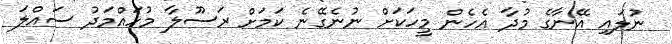
ނުލައި އޭނާގެ މުދާ އެހެން މީހަކަށް ނުނެގޭނެ ކަމަށް ރަސޫލާ މުހައްމަދު ސައްލަ